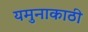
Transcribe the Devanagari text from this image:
यमुनाकाठी